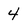
Character: 4